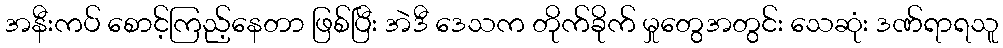
အနီးကပ် စောင့်ကြည့်နေတာ ဖြစ်ပြီး အဲဒီ ဒေသက တိုက်ခိုက် မှုတွေအတွင်း သေဆုံး ဒဏ်ရာရသူ